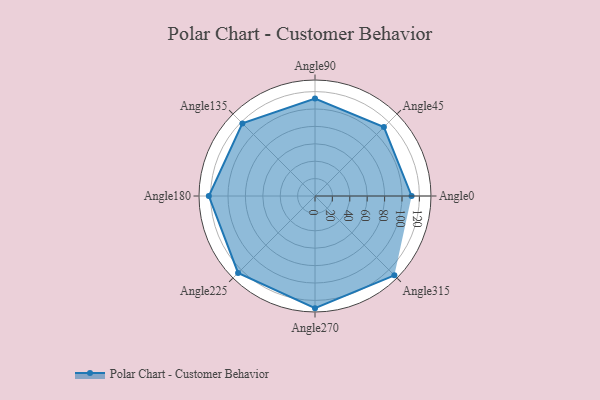
{"axis": {"x": "Angle", "y": "Radius"}, "legend": [""], "data": [{"x": "Angle0", "y": 111.0, "type": ""}, {"x": "Angle45", "y": 112.0, "type": ""}, {"x": "Angle90", "y": 112.0, "type": ""}, {"x": "Angle135", "y": 118.0, "type": ""}, {"x": "Angle180", "y": 122.0, "type": ""}, {"x": "Angle225", "y": 125.0, "type": ""}, {"x": "Angle270", "y": 129.0, "type": ""}, {"x": "Angle315", "y": 129.0, "type": ""}]}